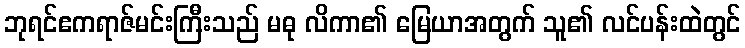
ဘုရင်ဧကရာဇ်မင်းကြီးသည် မဓု လိကာ၏ မြေယာအတွက် သူ၏ လင်ပန်းထဲတွင်